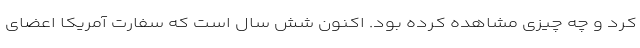
کرد و چه چیزی مشاهده کرده بود. اکنون شش سال است که سفارت آمریکا اعضای